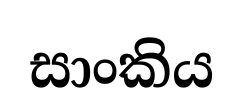
සාංකිය